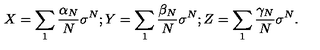
X = \sum _ { 1 } \frac { \alpha _ { N } } { N } \sigma ^ { N } ; Y = \sum _ { 1 } \frac { \beta _ { N } } { N } \sigma ^ { N } ; Z = \sum _ { 1 } \frac { \gamma _ { N } } { N } \sigma ^ { N } .